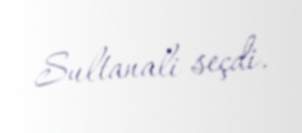
Sultanali seçdi.